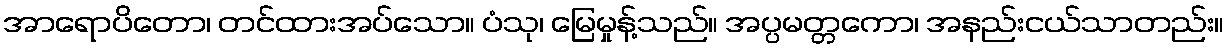
အာရောပိတော၊ တင်ထားအပ်သော။ ပံသု၊ မြေမှုန့်သည်။ အပ္ပမတ္တကော၊ အနည်းငယ်သာတည်း။